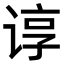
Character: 谆